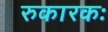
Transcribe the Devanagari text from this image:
रुकारकः